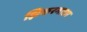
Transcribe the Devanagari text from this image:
झिकरगाछा